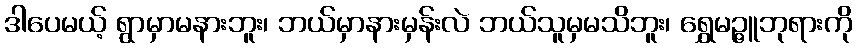
ဒါပေမယ့် ရွာမှာမနားဘူး၊ ဘယ်မှာနားမှန်းလဲ ဘယ်သူမှမသိဘူး၊ ရွှေမဉ္ဇူဘုရားကို